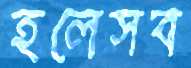
হলেসব